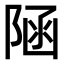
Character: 𨺂